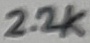
Text: 2.2K